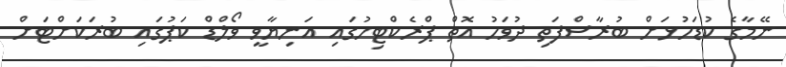
ނޭމާގެ ކުޑަހުޅަށް ބުރާސްފަތި ދުވަހު އޮތް ޕްރެކްޓިހުގައި އަނިޔާވީ ވޯލްޑް ކަޕުގައި ބުރަކަށްޓަށް